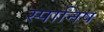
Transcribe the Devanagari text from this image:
स्पानिष